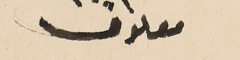
معلوف